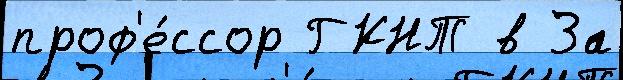
проф'е́ссор ГКНТ в За